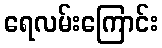
ရေလမ်းကြောင်း